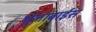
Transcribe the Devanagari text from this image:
भुलाबाईस